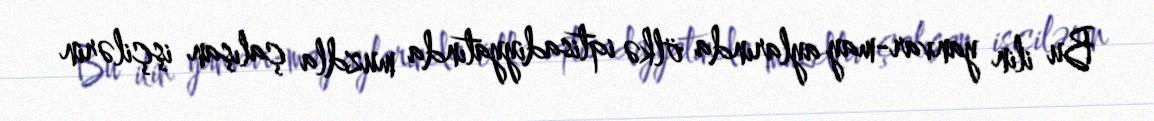
Bu ilin yanvar-may aylarında ölkə iqtisadiyyatında muzdla çalışan işçilərin